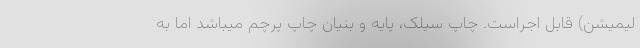
لیمیشن) قابل اجراست. چاپ سیلک، پایه و بنیان چاپ پرچم میباشد اما به